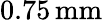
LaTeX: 0.75\, \mathrm{mm}